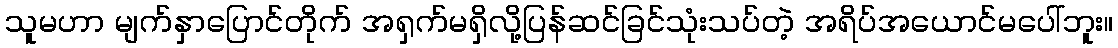
သူမဟာ မျက်နှာပြောင်တိုက် အရှက်မရှိလို့ပြန်ဆင်ခြင်သုံးသပ်တဲ့ အရိပ်အယောင်မပေါ်ဘူး။